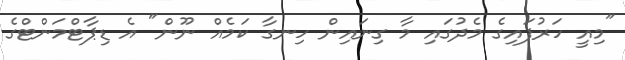
"މިއީ ހަރުފައިގެ މެދުގައި މާ ގިނައިން ހިނގާ ކަމެއް ނޫން" އެ ޑިޕާޓްމަންޓްގެ